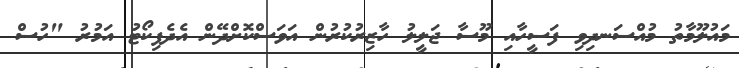
މައުލޫމާތު މުއްސަނދިވި ފަސީހާއި މޫސާ ޖަލީލު ހާޒިރުކުރުން އަވަސްކޮށްދޭން އެދެފިކޯޓު އަމުރު "ހުސް